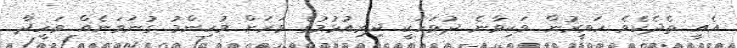
އެއީ ތެދެކެވެ ހަވީރުން ވަކިވާނެ ދުވަހަކީ ދިރިއުޅުމުގެ ވަރަށް މުހިންމު ގުނަވަނެއް ވަހީދާ